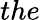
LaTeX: the